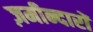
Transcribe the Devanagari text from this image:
ज़मीन्दारों